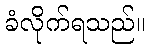
ခံလိုက်ရသည်။